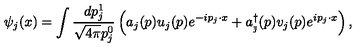
\psi _ { j } ( x ) = \int \frac { d p _ { j } ^ { 1 } } { \sqrt { 4 \pi } p _ { j } ^ { 0 } } \left( a _ { j } ( p ) u _ { j } ( p ) e ^ { - i p _ { j } \cdot x } + a _ { _ { \bar { \jmath } } } ^ { \dagger } ( p ) v _ { j } ( p ) e ^ { i p _ { j } \cdot x } \right) , \qquad